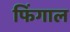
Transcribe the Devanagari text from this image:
फिंगाल